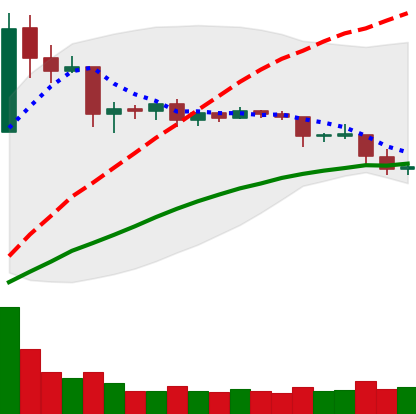
Ticker: ETC-USD
Chart end date: 2019-04-26
Forward return: 7.414%
Label: up_7plus